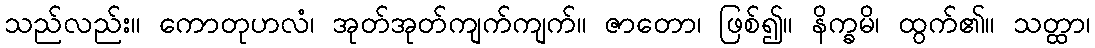
သည်လည်း။ ကောတုဟလံ၊ အုတ်အုတ်ကျက်ကျက်။ ဇာတော၊ ဖြစ်၍။ နိက္ခမိ၊ ထွက်၏။ သတ္ထာ၊